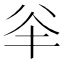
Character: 𠔎